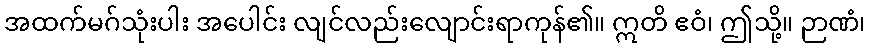
အထက်မဂ်သုံးပါး အပေါင်း လျင်လည်းလျောင်းရာကုန်၏။ ဣတိ ဧဝံ၊ ဤသို့။ ဉာဏံ၊